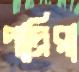
পাদ্রিরা